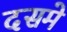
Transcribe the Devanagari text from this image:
दसमे